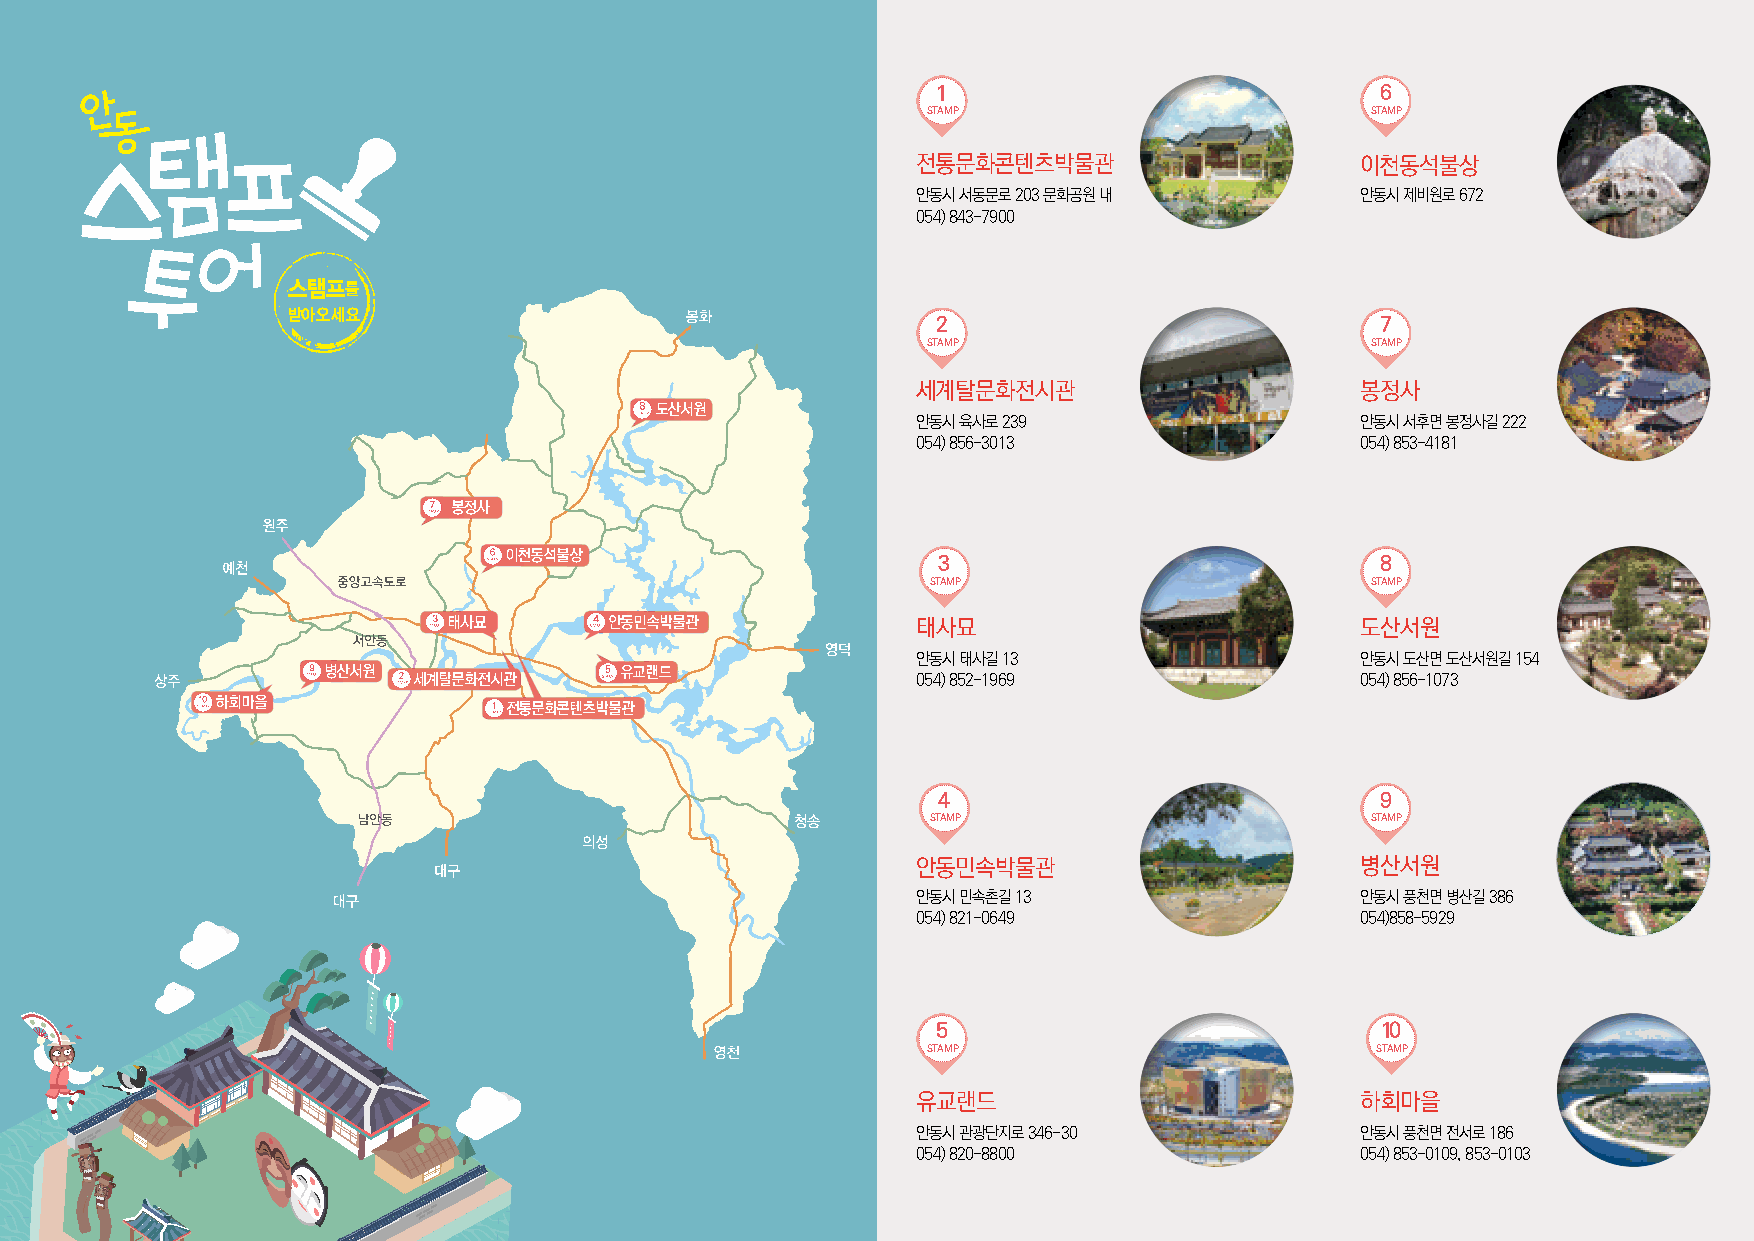
1                            6
 STAMP                         STAMP
 전통문화콘텐츠박물관                   이천동석불상
 안동시 서동문로 203 문화공원 내          안동시 제비원로 672
 054) 843-7900
 스탬프를
 받아오세요
 2                            7
 STAMP                         STAMP
 세계탈문화전시관                     봉정사
 도산서원
 안동시 육사로 239                  안동시 서후면 봉정사길 222
 054) 856-3013                054) 853-4181
 봉정사
 이천동석불상                       3                            8
 STAMP                        STAMP
 태사묘       안동민속박물관              태사묘                          도산서원
 안동시 태사길 13                   안동시 도산면 도산서원길 154
 병산서원                유교랜드
 세계탈문화전시관                          054) 852-1969                054) 856-1073
 하회마을                전통문화콘텐츠박물관
 4                            9
 STAMP                        STAMP
 안동민속박물관                      병산서원
 안동시 민속촌길 13                  안동시 풍천면 병산길 386
 054) 821-0649                054)858-5929
 5                            10
 STAMP                         STAMP
 유교랜드                         하회마을
 안동시 관광단지로 346-30             안동시 풍천면 전서로 186
 054) 820-8800                054) 853-0109, 853-0103